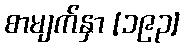
စာမျက်နှာ [၁၉၃]